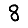
Digit: 8